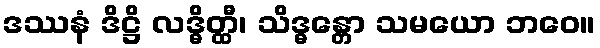
ဒဿနံ ဒိဋ္ဌိ လဒ္ဓိတ္ထီ၊ သိဒ္ဓန္တော သမယော ဘဝေ။